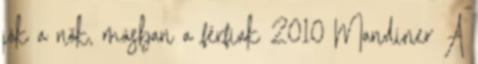
jók a nők, másban a férfiak 2010 Mandiner A